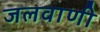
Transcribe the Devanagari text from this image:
जलवाणी